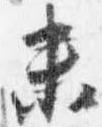
未